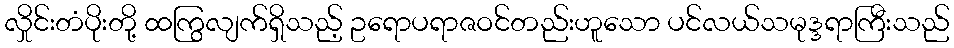
လှိုင်းတံပိုးတို့ ထကြွလျက်ရှိသည့် ဥရောပရာဇဝင်တည်းဟူသော ပင်လယ်သမုဒ္ဒရာကြီးသည်